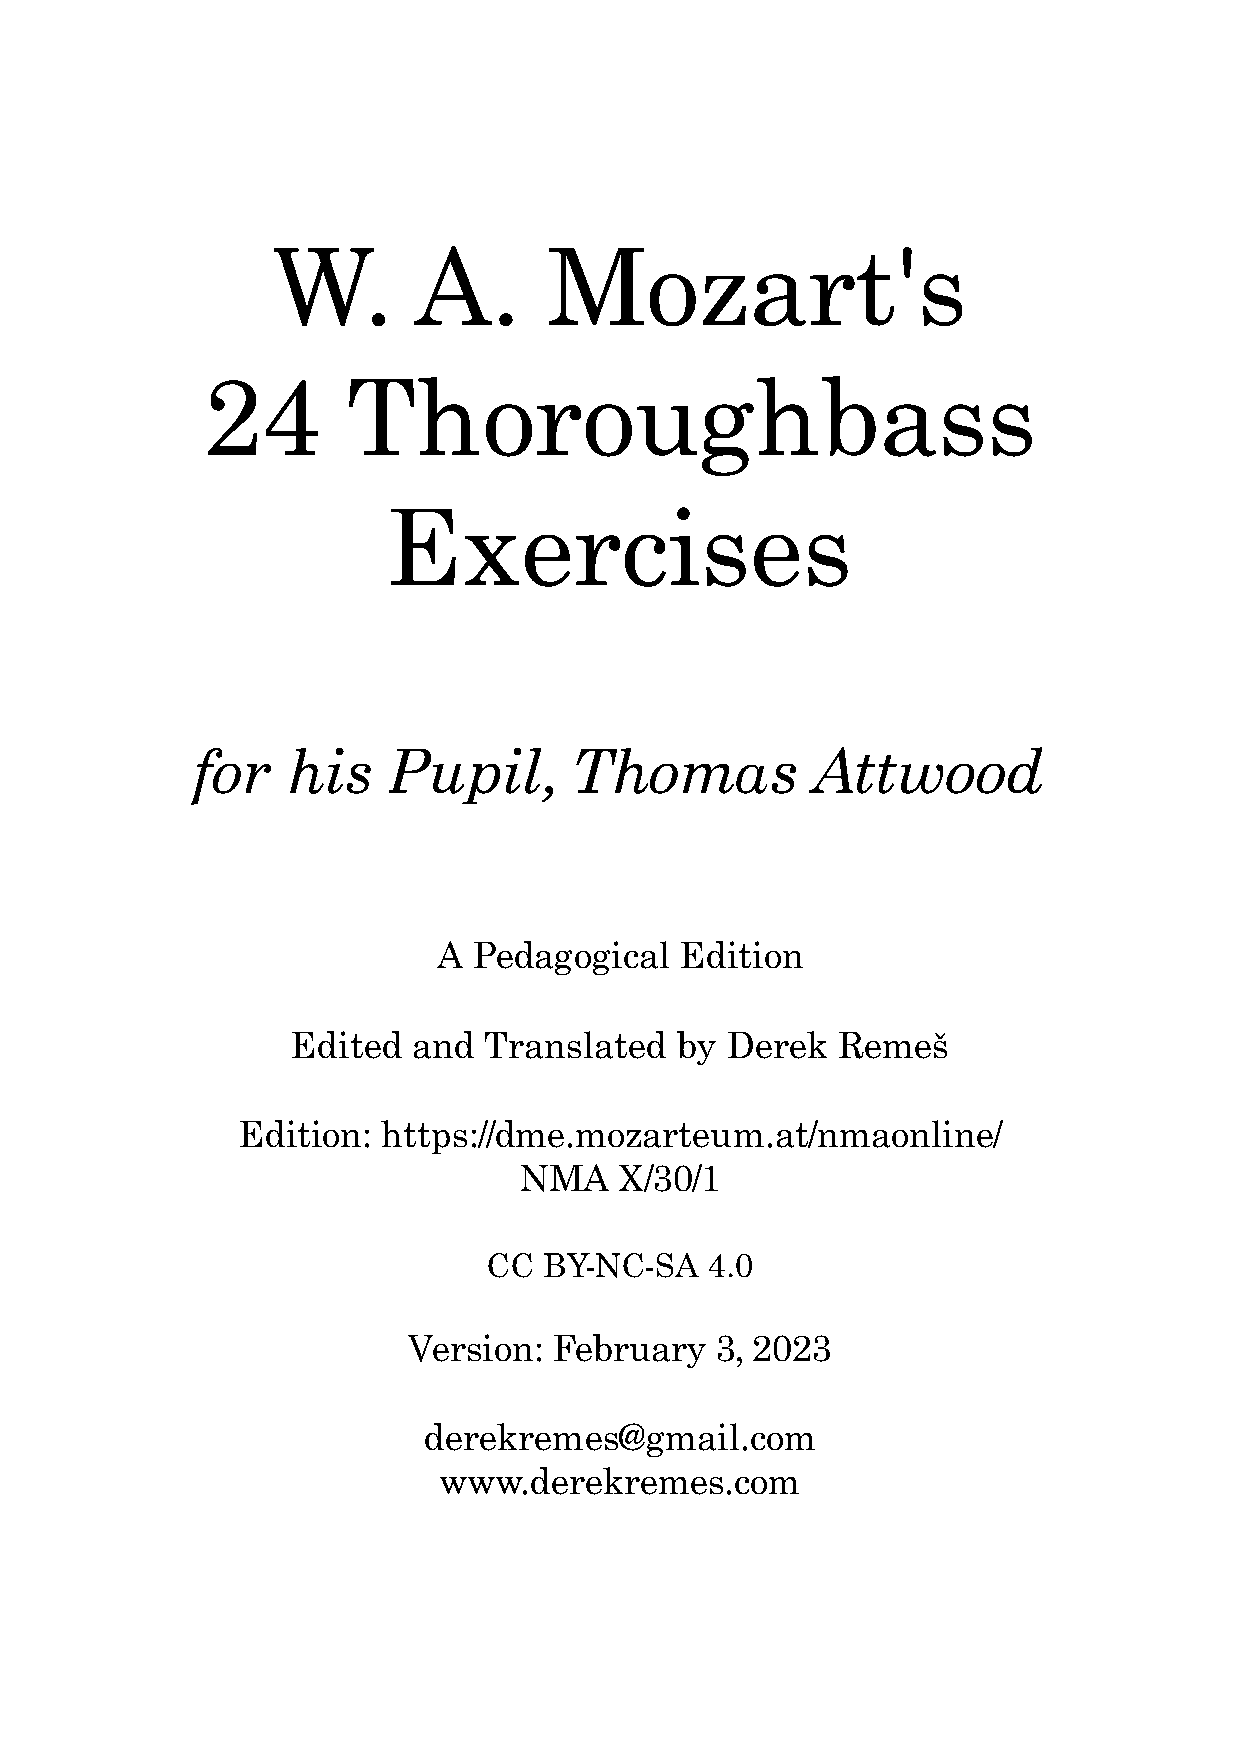
W.       A.       Mozart's
 24       Thoroughbass
 Exercises
 for   his    Pupil,      Thomas          Attwood
 A Pedagogical   Edition
 Edited  and  Translated   by Derek  Remeš
 Edition: https://dme.mozarteum.at/nmaonline/
 NMA    X/30/1
 CC  BY-NC-SA   4.0
 Version:  February  3, 2023
 derekremes@gmail.com
 www.derekremes.com